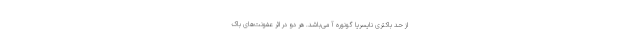
از حد باکتری نایسریا گونوره آ می‌باشد. هر دو در اثر عفونت‌های باک